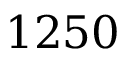
1 2 5 0